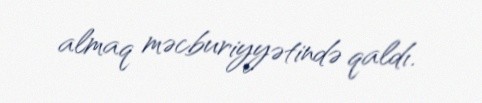
almaq məcburiyyətində qaldı.